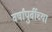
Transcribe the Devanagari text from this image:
वर्षांपुर्वीच्या